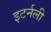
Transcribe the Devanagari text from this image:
इटर्नली